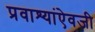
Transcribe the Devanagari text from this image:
प्रवाश्यांऐवजी